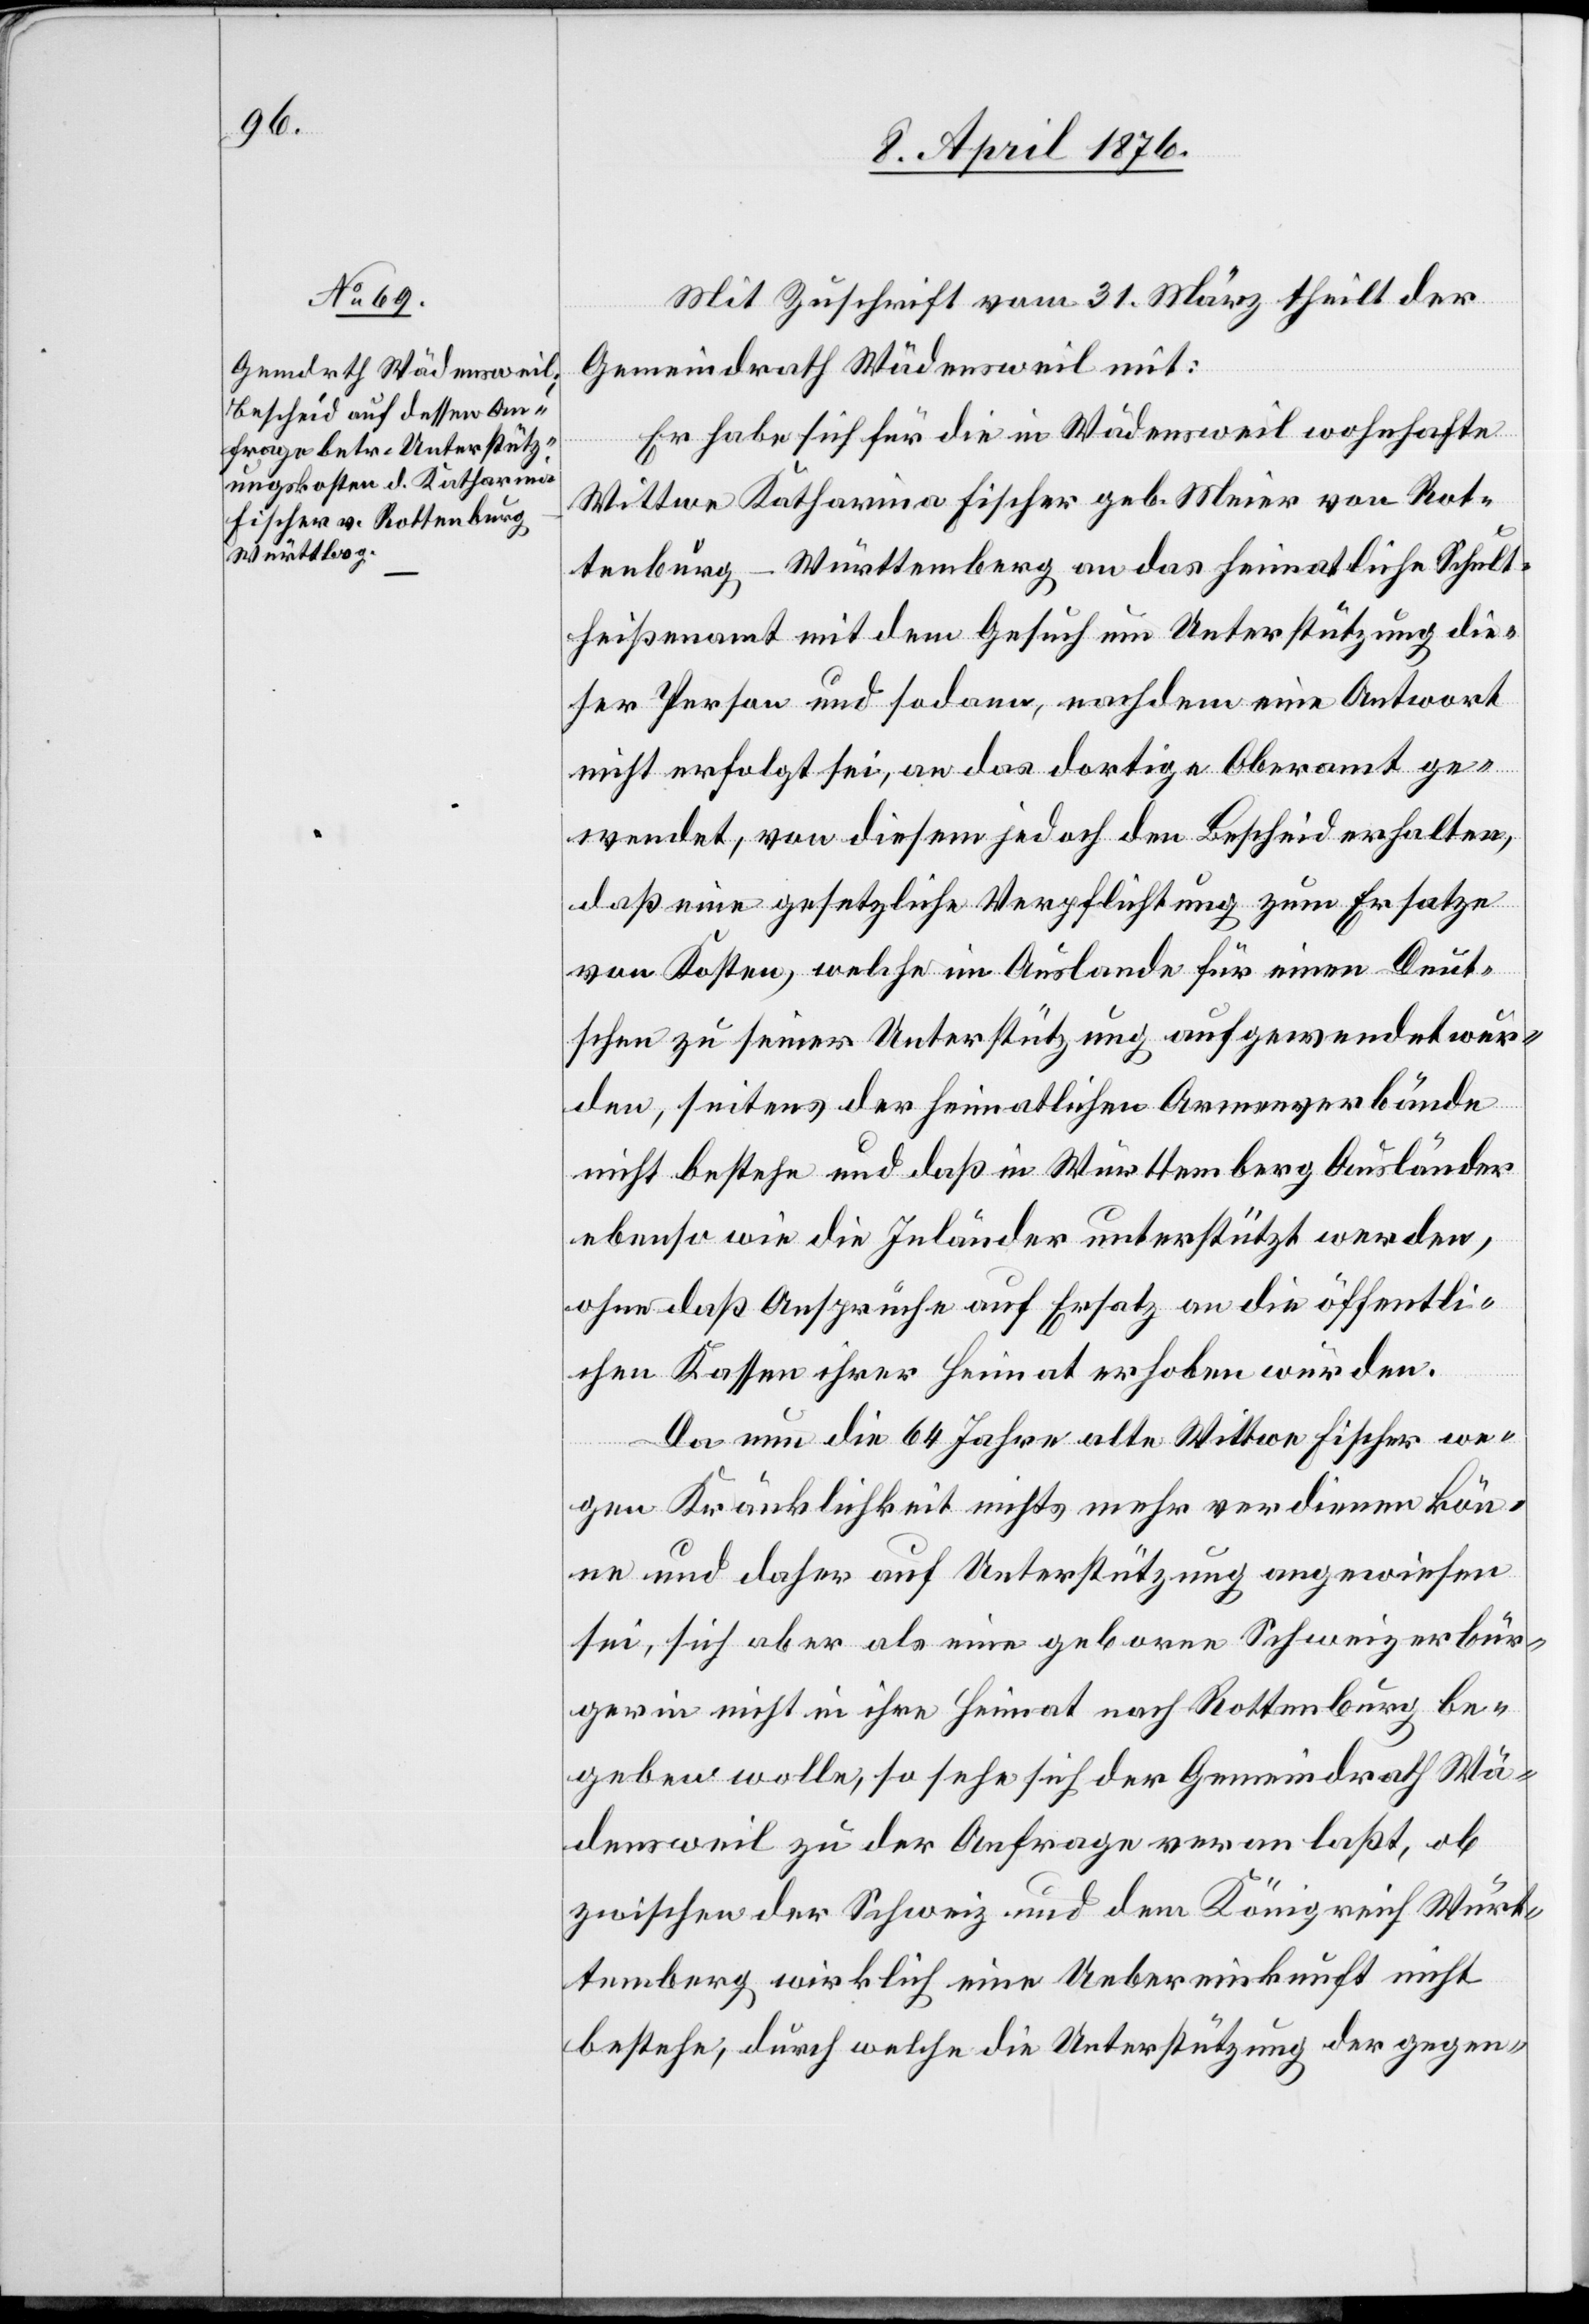
Mit Zuschrift vom 31. März theilt der
Gemeindrath Wädensweil mit:
Er habe sich für die in Wädensweil wohnhafte
Wittwe Katharina Fischer geb. Meier von Rot¬
tenburg-Württemberg an das heimatliche Schult¬
heißenamt mit dem Gesuch um Unterstützung die¬
ser Person und sodann, nachdem eine Antwort
nicht erfolgt sei, an das dortige Oberamt ge¬
wendet, von diesem jedoch den Bescheid erhalten,
daß eine gesetzliche Verpflichtung zum Ersatze
von Kosten, welche im Auslande für einen Deut¬
schen zu seiner Unterstützung aufgewendet wur¬
den, seitens der heimatlichen Armenverbände
nicht bestehe und daß in Württemberg Ausländer
ebenso wie die Inländer unterstützt werden,
ohne daß Ansprüche auf Ersatz an die öffentli¬
chen Kassen ihrer Heimat erhoben würden.
Da nun die 64 Jahre alte Wittwe Fischer we¬
gen Kränklichkeit nichts mehr verdienen kön¬
ne und daher auf Unterstützung angewiesen
sei, sich aber als eine geborene Schweizerbür¬
gerin nicht in ihre Heimat nach Rottenburg be¬
geben wolle, so habe sich der Gemeindrath Wä¬
densweil zu der Anfrage veranlaßt, ob
zwischen der Schweiz und dem Königreich Würt¬
temberg wirklich eine Uebereinkunft nicht
bestehe, durch welche die Unterstützung der gegen-